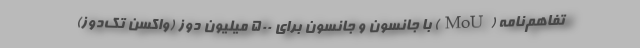
تفاهم‌نامه (MoU) با جانسون و جانسون برای ۵۰۰ میلیون دوز (واکسن تک‌دوز)